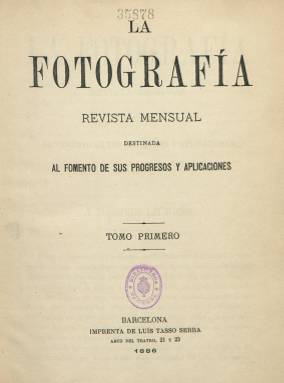
Título: La Fotografía (Barcelona. 1886)
Colección: Fotografía
Ámbito geográfico: Barcelona
Lugar de publicación: Barcelona
Fechas: 01/01/1886-31/12/1887

Esta publicación especializada nacida en 1886 en Barcelona venía a cubrir un hueco en la producción periodística de la época, según declaraba en su primer número, pero no fue la primera dedicada a la fotografía en nuestro país. Este honor lo ostentan por igual El Propagador de la Fotografía y El Eco de la Fotografía, nacidas ambas en 1863 en Madrid y Cádiz, respectivamente, con sólo un mes de diferencia y desaparecidas al año siguiente, 1864, casi también al mismo tiempo.

   El investigador Rafael Garófano Sánchez, especializado en Historia de la Imagen, publicó  en 2005, en una obra editada por la Junta de Andalucía, facsímiles de ejemplares de ambas revistas que, gracias a los intercambios que se hacían en la época, se conservan en la Société Française de Photographie y en la Universidad Católica de Lovaina. En Cádíz se fundó también en 1863 la primera sociedad fotográfica de España.

     Otra publicación también con el título La Fotografía, como la de Barcelona, se publicó en Sevilla pero 20 años antes que ésta, en 1866, aunque lamentablemente sólo se conoce de su existencia pues no se han encontrado ejemplares ni en España ni en ningún otro sitio.

    Estas primeras publicaciones pioneras recogían en sus páginas los métodos e innovaciones técnicas que aparecían en los boletines y revistas europeas de países como  Inglaterra, Francia o Alemania.

   Con 32 páginas por número y periodicidad mensual, en su primer número de 1886 la revista editada en Barcelona hacía un repaso a  la historia de la fotografía destacando los primeros nombres asociados a ella, como Niepce, Daguerre o Talbot para continuar con una serie de artículos especializados en los que se abordaban técnicas como:  Medio de medir la sensibilidad absoluta de las placas secas; Revelador para negativos en papel; Cola para pegar los positivos, artículos claramente dirigidos a personas con un nivel medio-alto de conocimiento, como también lo atestigua el gran número de fórmulas químicas publicadas.

   Eran los años en que se experimentaba con el  fotograbado, que acabaría conquistando la prensa gráfica en la década siguiente de 1890, y así la revista publicó algún fotograbado en sus páginas como una imagen de La Puerta Antigua del Monasterio de  Montserrat u otra titulada Paisaje de Cataluña en la que se observa a un matrimonio y su hijo disfrutando de un día campestre.

  En la misma década de 1880 se editaba también en Barcelona La Revista Fotográfica, que compitió con La Fotografía, esta última más efímera pues no se sabe si continuó más allá de 1887. Estas publicaciones especializadas comenzarían a difundirse por España ya a partir de la siguiente década y comienzos del nuevo siglo.

   El tomo de 1887 está encuadernado con cuatro catálogos comerciales de aparatos y materiales de fotografía, tres de ellos editados en París (catálogos de A. Laverne; de H. Martin; y de Ant. Schaeffner) y uno editado en Zaragoza (catálogo de Pablo Founaud)

[Descripción publicada el 14/6/2018]